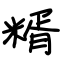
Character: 糈